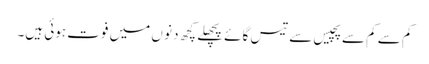
کم سے کم سے پچیس سے تیس گائے پچھلے کچھ دنو ں میں فوت ہوئی ہیں۔